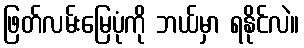
ဖြတ်လမ်းမြေပုံကို ဘယ်မှာ ရနိုင်လဲ။